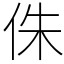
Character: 侏